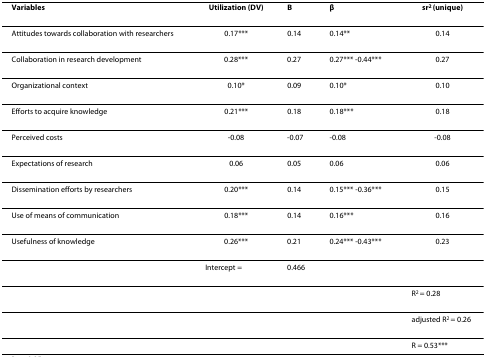
| Variables | Utilization (DV) | B | β | sr2 (unique) |
 | --- | --- | --- | --- | --- |
 | Attitudes towards collaboration with researchers | 0.17*** | 0.14 | 0.14** | 0.14 |
 | Collaboration in research development | 0.28*** | 0.27 | 0.27*** -0.44*** | 0.27 |
 | Organizational context | 0.10* | 0.09 | 0.10* | 0.10 |
 | Efforts to acquire knowledge | 0.21*** | 0.18 | 0.18*** | 0.18 |
 | Perceived costs | -0.08 | -0.07 | -0.08 | -0.08 |
 | Expectations of research | 0.06 | 0.05 | 0.06 | 0.06 |
 | Dissemination efforts by researchers | 0.20*** | 0.14 | 0.15*** -0.36*** | 0.15 |
 | Use of means of communication | 0.18*** | 0.14 | 0.16*** | 0.16 |
 | Usefulness of knowledge | 0.26*** | 0.21 | 0.24*** -0.43*** | 0.23 |
 |  | Intercept = | 0.466 |  |  |
 |  |  |  |  | R2 = 0.28 |
 |  |  |  |  | adjusted R2 = 0.26 |
 |  |  |  |  | R = 0.53*** |